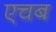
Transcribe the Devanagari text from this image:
एचब